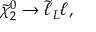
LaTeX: \tilde { \chi } _ { 2 } ^ { 0 } \rightarrow \tilde { \ell } _ { L } \ell ,